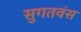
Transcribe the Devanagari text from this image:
सुगतवंस